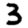
Digit: 3